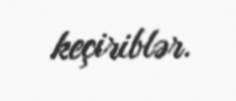
keçiriblər.